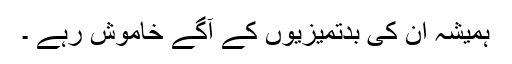
ہمیشہ ان کی بدتمیزیوں کے آگے خاموش رہے ۔